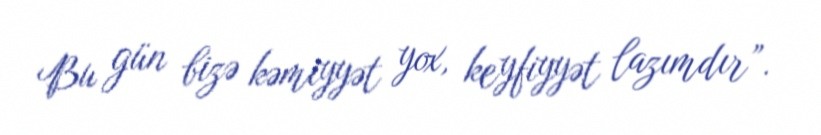
Bu gün bizə kəmiyyət yox, keyfiyyət lazımdır”.